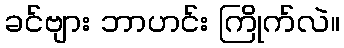
ခင်ဗျား ဘာဟင်း ကြိုက်လဲ။